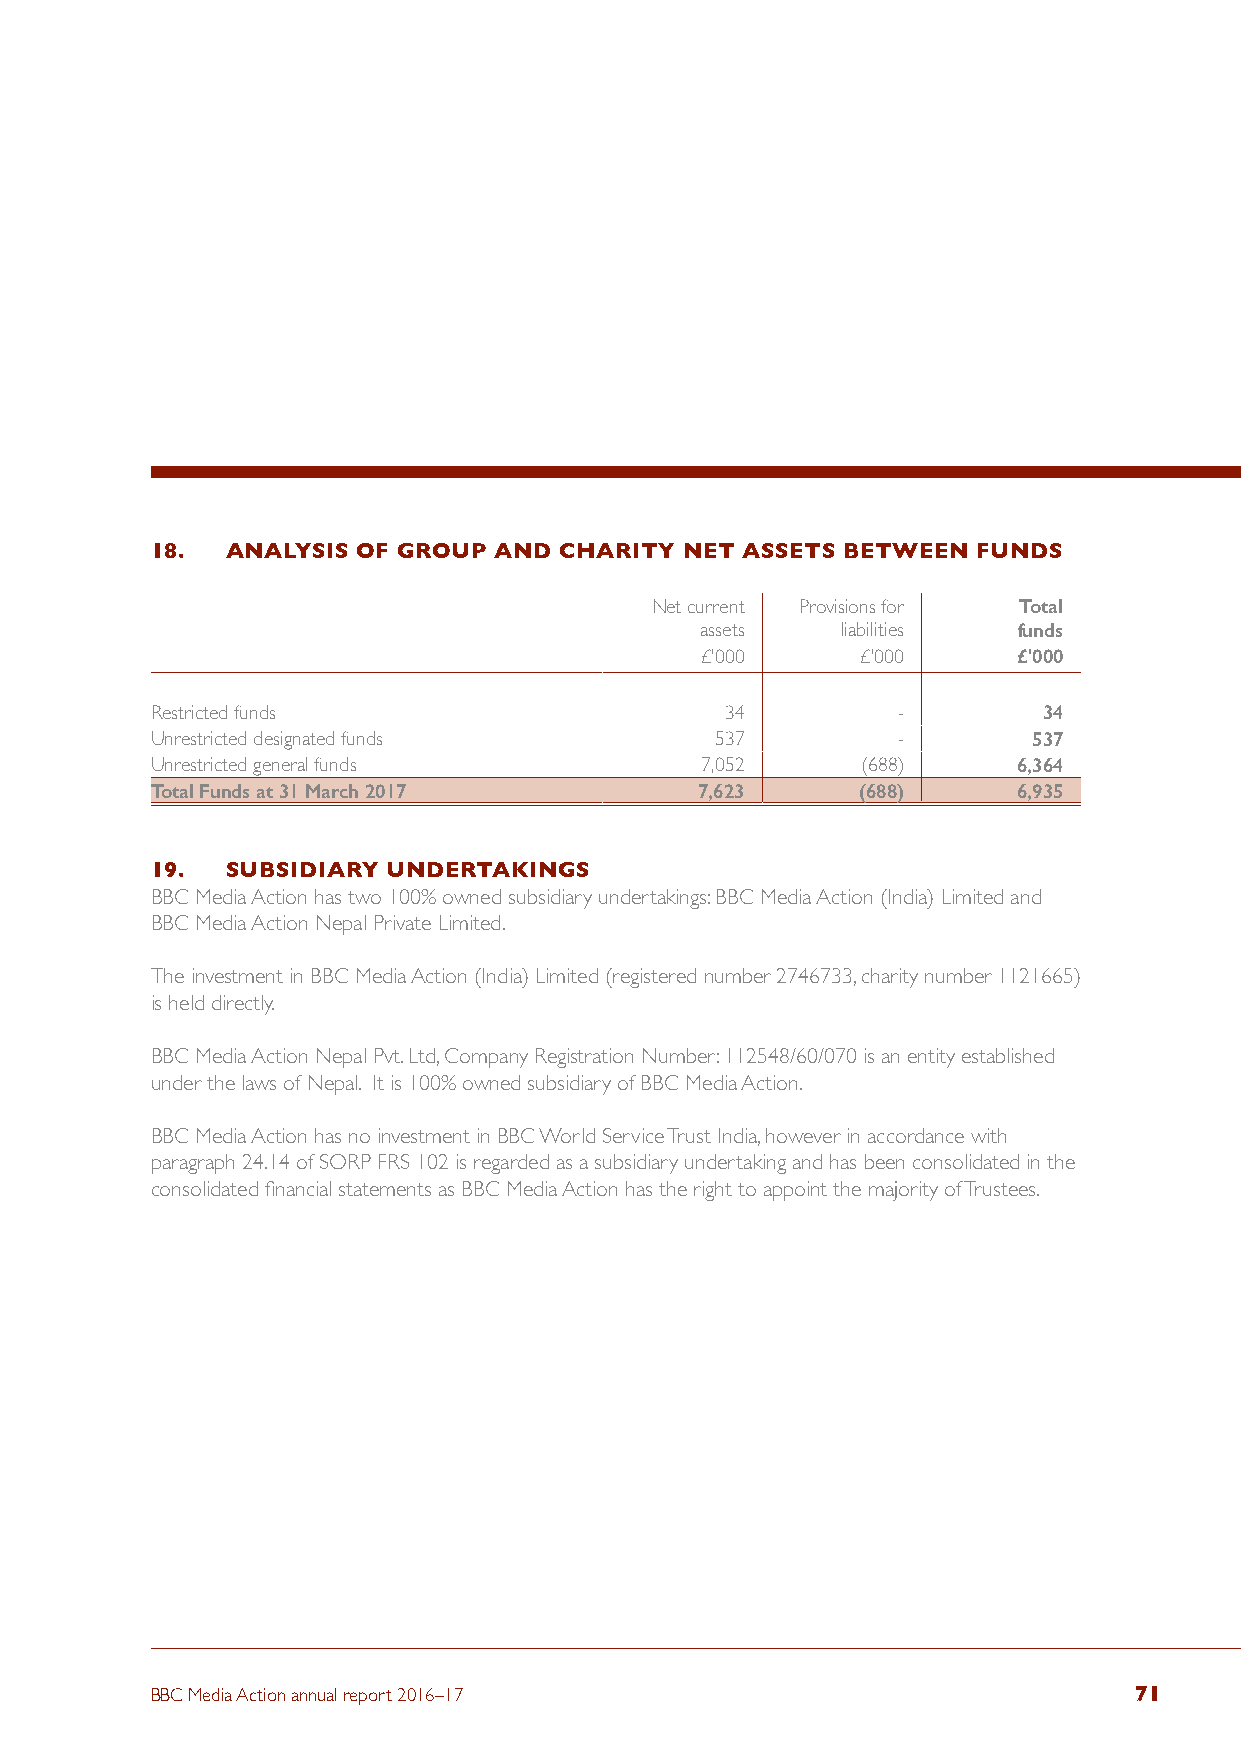
18.  ANALYSIS OF GROUP AND CHARITY NET ASSETS BETWEEN  FUNDS
 Net current Provisions for Total
 assets    liabilities funds
 £'000      £'000     £'000
 Restricted funds                      34         -         34
 Unrestricted designated funds        537         -        537
 Unrestricted general funds          7,052      (688)     6,364
 Total Funds at 31 March 2017        7,623      (688)     6,935
 19.  SUBSIDIARY UNDERTAKINGS
 BBC Media Action has two 100% owned subsidiary undertakings: BBC Media Action (India) Limited and
 BBC Media Action Nepal Private Limited.
 The investment in BBC Media Action (India) Limited (registered number 2746733, charity number 1121665)
 is held directly.
 BBC Media Action Nepal Pvt. Ltd, Company Registration Number: 112548/60/070 is an entity established
 under the laws of Nepal. It is 100% owned subsidiary of BBC Media Action.
 BBC Media Action has no investment in BBC World Service Trust India, however in accordance with
 paragraph 24.14 of SORP FRS 102 is regarded as a subsidiary undertaking and has been consolidated in the
 consolidated financial statements as BBC Media Action has the right to appoint the majority of Trustees.
 BBC Media Action annual report 2016–17                           71